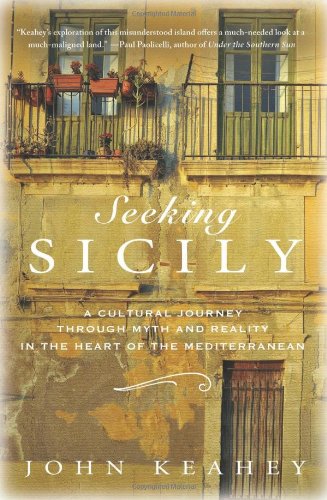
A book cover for Seeking Sicily: A Cultural Journey Through Myth and Reality in the Heart of the Mediterranean; John Keahey; History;